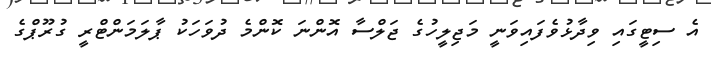
އެ ސިޓީގައި ވިދާޅުވެފައިވަނީ މަޖިލީހުގެ ޖަލްސާ އޮންނަ ކޮންމެ ދުވަހަކު ޕާލަމަންޓްރީ ގުރޫޕްގެ